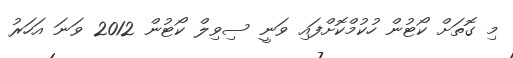
މި ގޮތަށް ކޯޓުން ހުކުމްކޮށްފައި ވަނީ ސިވިލް ކޯޓުން 2012 ވަނަ އަހަރު